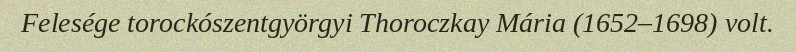
Felesége torockószentgyörgyi Thoroczkay Mária (1652–1698) volt.